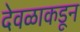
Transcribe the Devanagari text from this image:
देवळाकडून